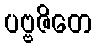
ပဗ္ဗဇိတေ